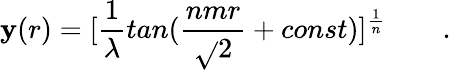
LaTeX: \mathbf{y}(r)=[{\frac{{1}}{{\lambda}}}tan({\frac{{nmr}}{{\sqrt{}{2}}}}+const)]^{\frac{{1}}{{n}}}\qquad.